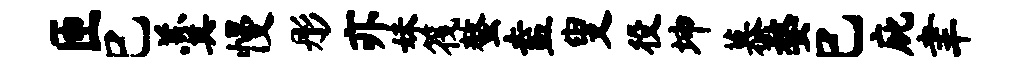
匝巳羹慢彤亦妹筏螯盍叟役坤慕婺巳庇聿